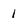
Character: 1